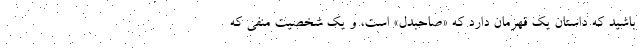
باشید که داستان یک قهرمان دارد که «صاحبدل» است، و یک شخصیت منفی که